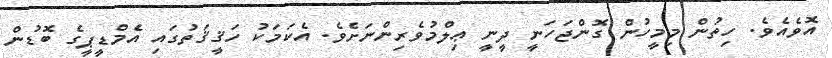
އޮވެއެވެ. ހިތުން މިމީހުން ގޮންޖަހަނީ ދީނީ ޢިލްމުވެރިންނަށެވެ. އެކަމަކު ހަޤީޤަތުގައި އެމްޑީޕީގެ ބޮޑުން